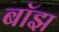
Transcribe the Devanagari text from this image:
बाॅझ